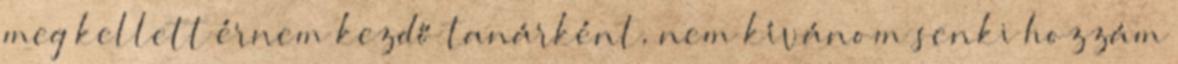
meg kellett érnem kezdő tanárként, nem kívánom senki hozzám